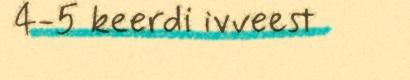
4-5 keerdi ivveest